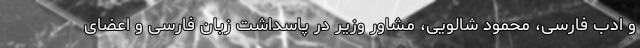
و ادب فارسی، محمود شالویی، مشاور وزیر در پاسداشت زبان فارسی و اعضای